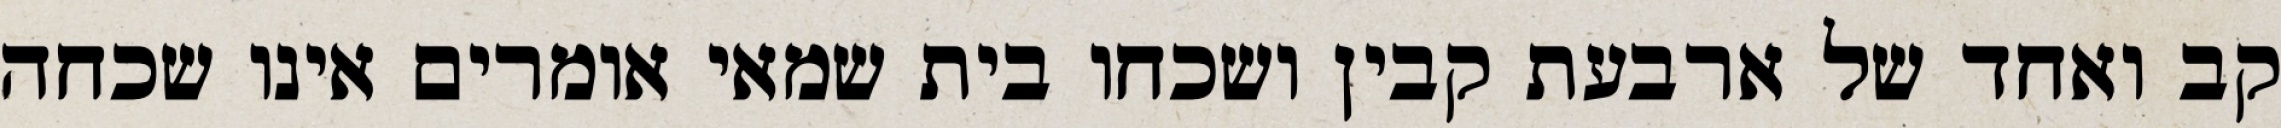
קב ואחד של ארבעת קבין ושכחו בית שמאי אומרים אינו שכחה